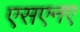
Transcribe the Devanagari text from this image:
एसएनए